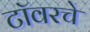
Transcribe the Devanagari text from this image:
टॉवरचे